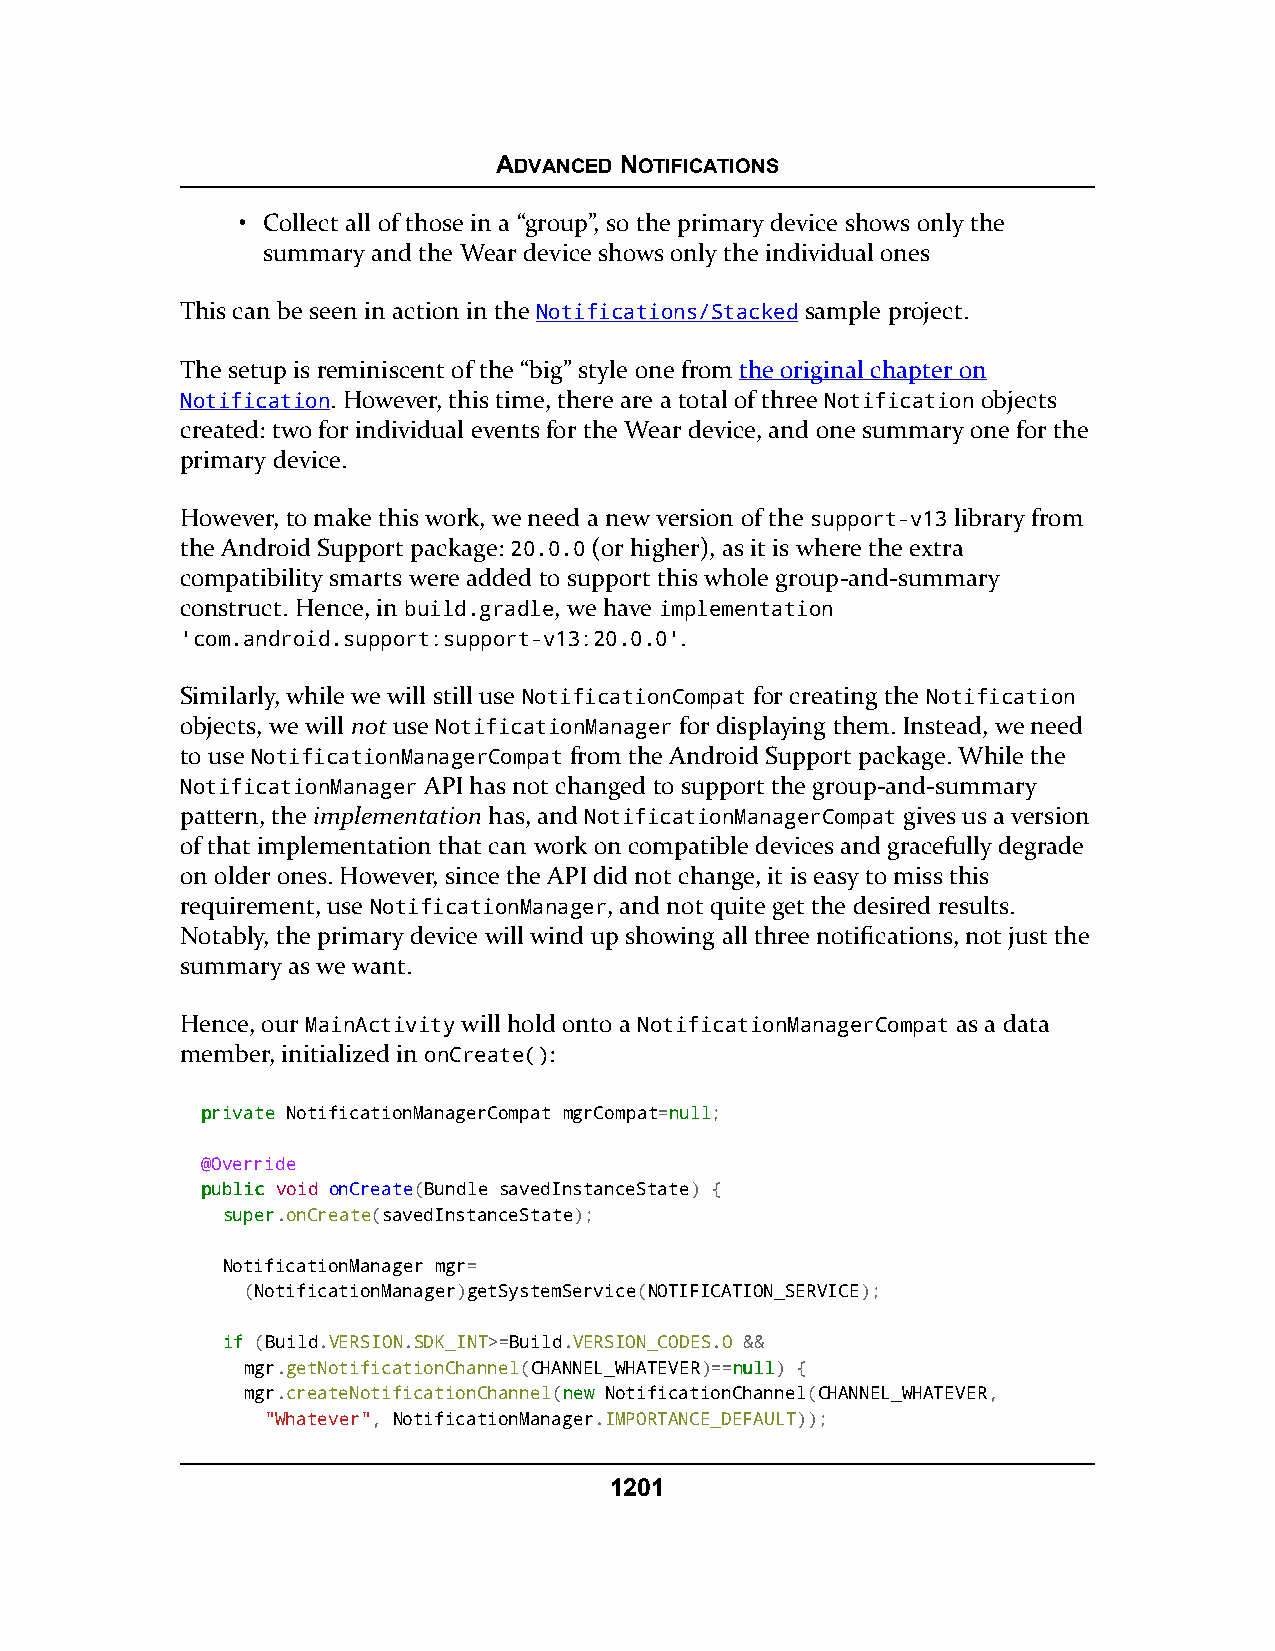
ADVANCED NOTIFICATIONS
 • Collect all of those in a “group”, so the primary device shows only the
 summary and the Wear device shows only the individual ones
 This can be seen in action in the Notifications/Stacked sample project.
 The setup is reminiscent of the “big” style one from the original chapter on
 Notification. However, this time, there are a total of three Notification objects
 created: two for individual events for the Wear device, and one summary one for the
 primary device.
 However, to make this work, we need a new version of the support-v13 library from
 the Android Support package: 20.0.0 (or higher), as it is where the extra
 compatibility smarts were added to support this whole group-and-summary
 construct. Hence, in build.gradle, we have implementation
 'com.android.support:support-v13:20.0.0'.
 Similarly, while we will still use NotificationCompat for creating the Notification
 objects, we will not use NotificationManager for displaying them. Instead, we need
 to use NotificationManagerCompat from the Android Support package. While the
 NotificationManager API has not changed to support the group-and-summary
 pattern, the implementation has, and NotificationManagerCompat gives us a version
 of that implementation that can work on compatible devices and gracefully degrade
 on older ones. However, since the API did not change, it is easy to miss this
 requirement, use NotificationManager, and not quite get the desired results.
 Notably, the primary device will wind up showing all three notifications, not just the
 summary as we want.
 Hence, our MainActivity will hold onto a NotificationManagerCompat as a data
 member, initialized in onCreate():
 pprriivvaattee NotificationManagerCompat mgrCompat=nnuullll;
 @Override
 ppuubblliicc void onCreate(Bundle savedInstanceState) {
 ssuuppeerr.onCreate(savedInstanceState);
 NotificationManager mgr=
 (NotificationManager)getSystemService(NOTIFICATION_SERVICE);
 iiff (Build.VERSION.SDK_INT>=Build.VERSION_CODES.O &&
 mgr.getNotificationChannel(CHANNEL_WHATEVER)==nnuullll) {
 mgr.createNotificationChannel(nneeww NotificationChannel(CHANNEL_WHATEVER,
 "Whatever", NotificationManager.IMPORTANCE_DEFAULT));
 1201